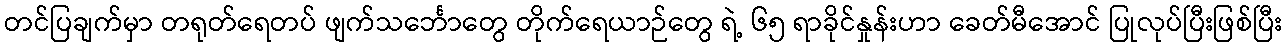
တင်ပြချက်မှာ တရုတ်ရေတပ် ဖျက်သင်္ဘောတွေ တိုက်ရေယာဉ်တွေ ရဲ့ ၆၅ ရာခိုင်နှုန်းဟာ ခေတ်မီအောင် ပြုလုပ်ပြီးဖြစ်ပြီး